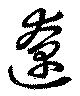
遼